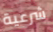
شرعية